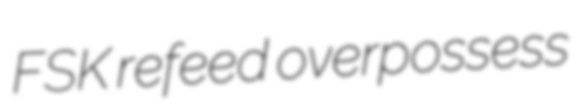
FSK refeed overpossess